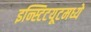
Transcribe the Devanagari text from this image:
इन्स्टिटयूटमध्ये